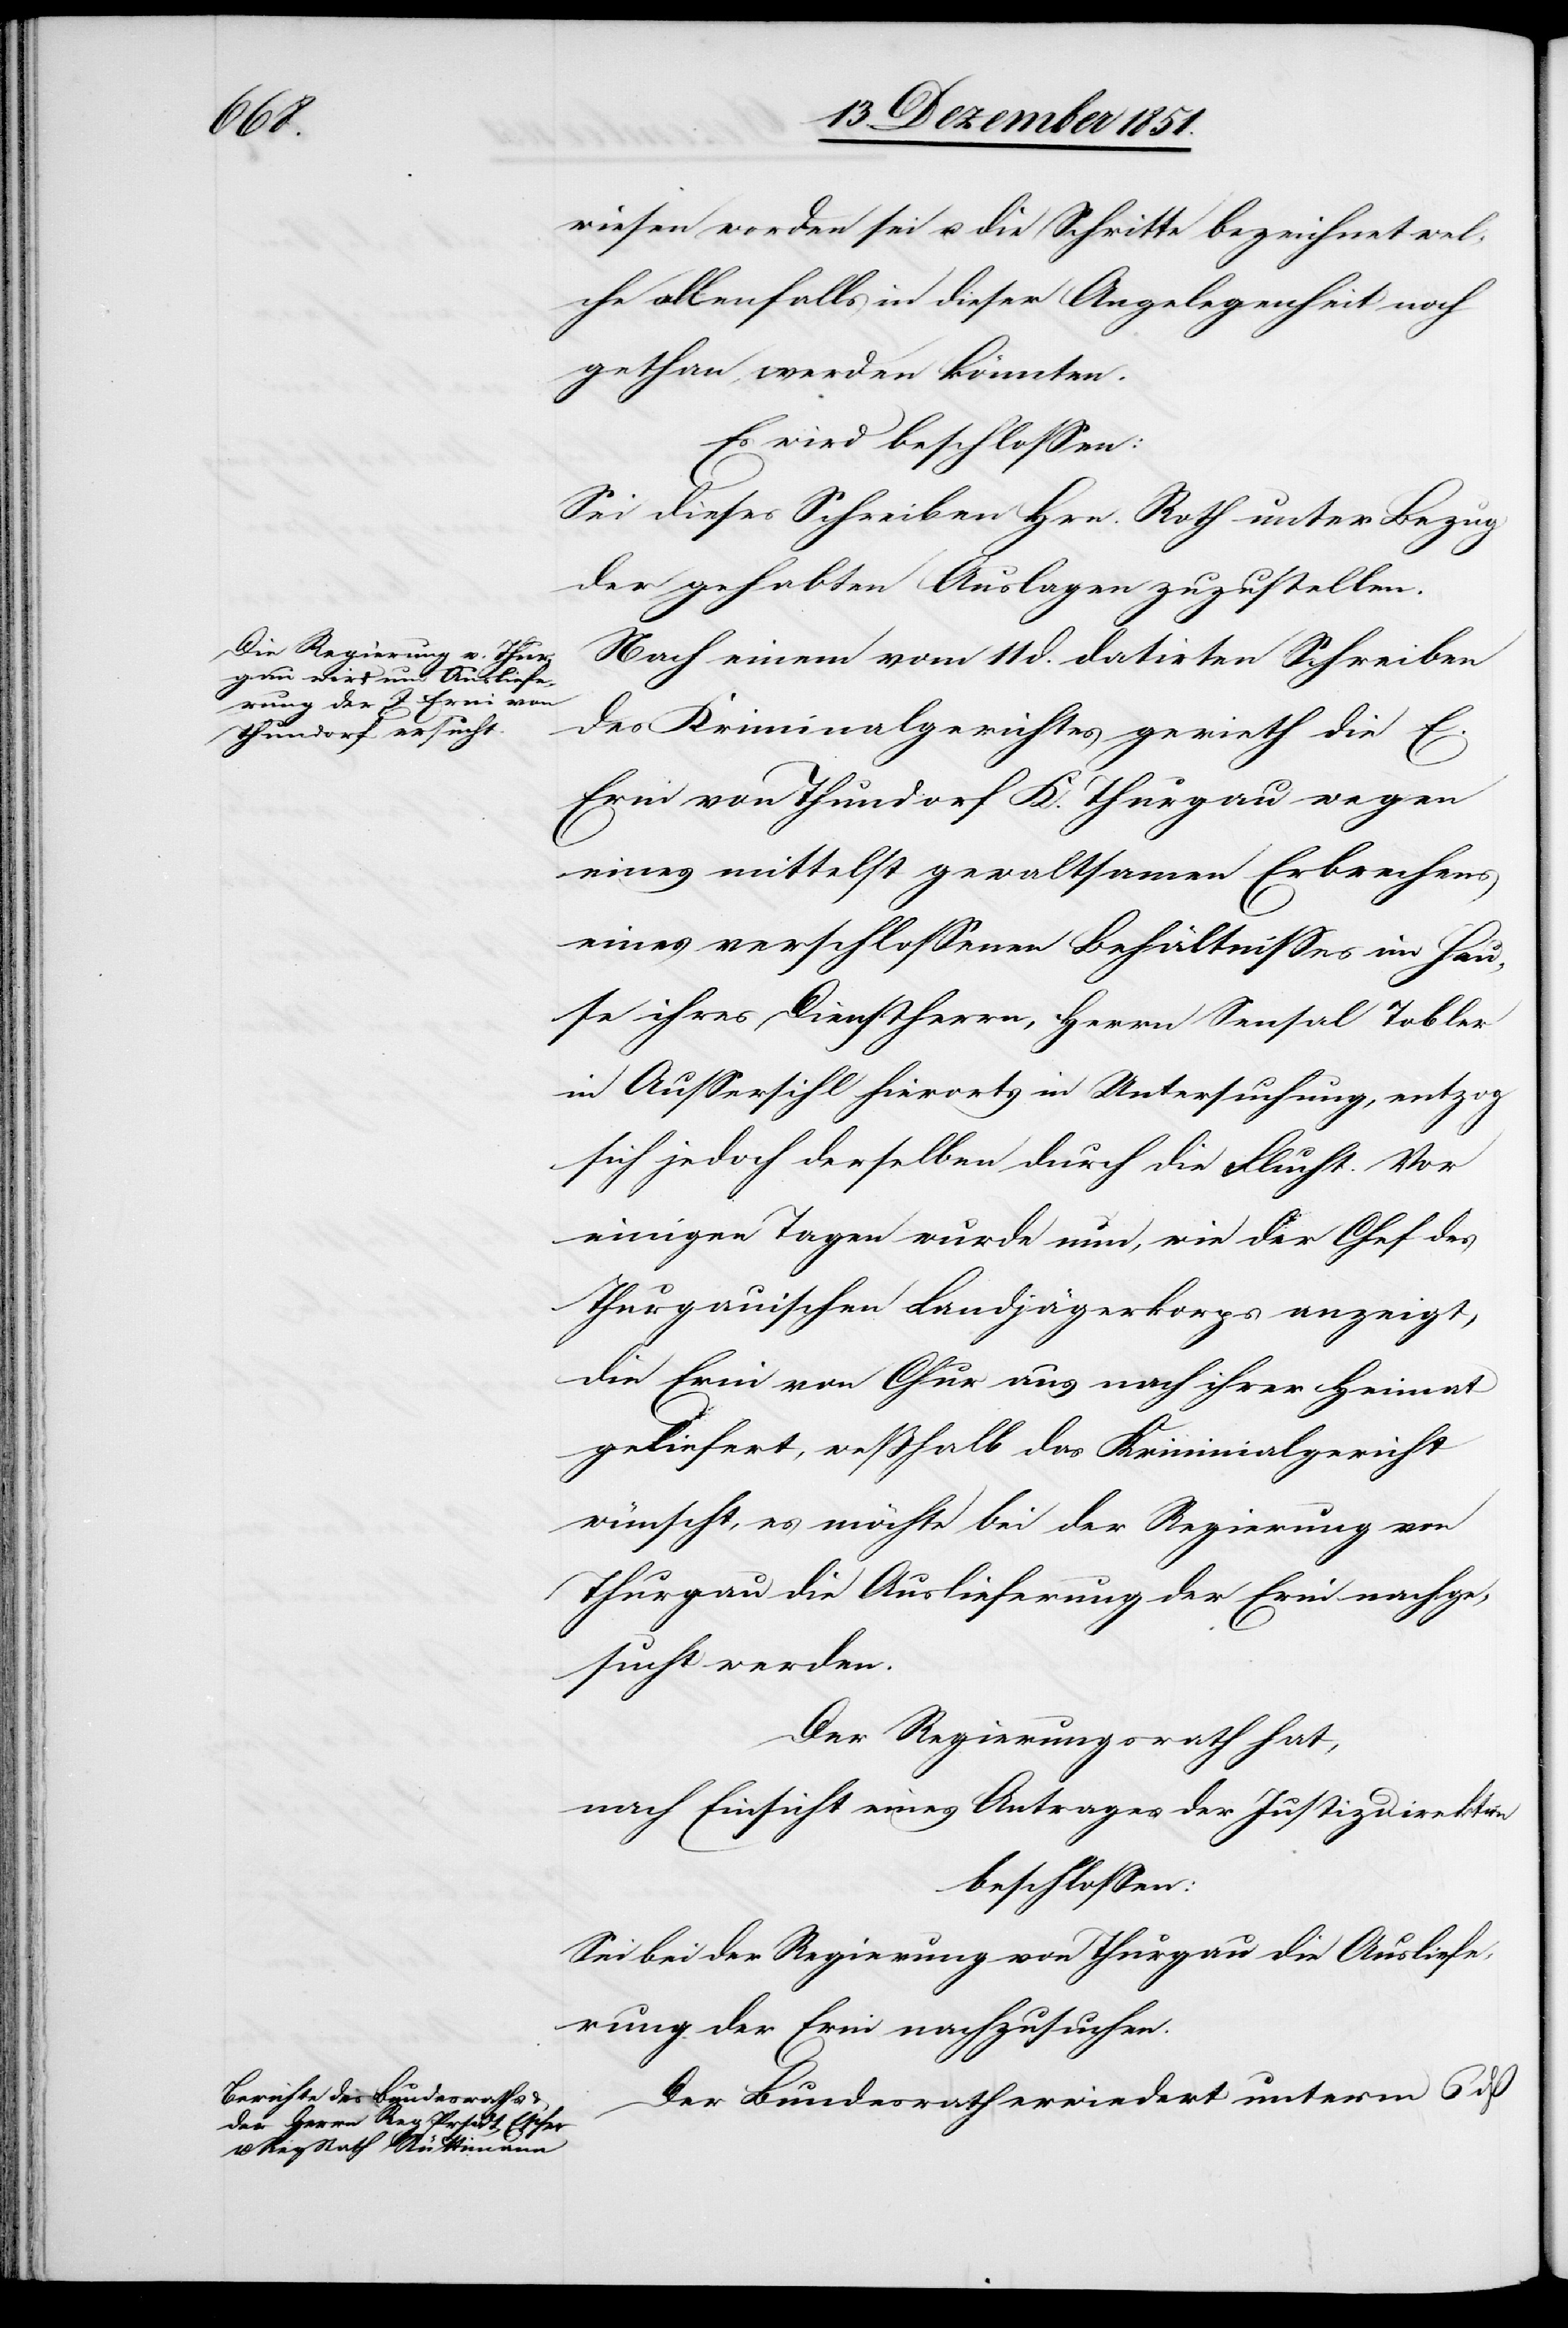
wiesen worden sei u. die Schritte bezeichnet wel¬
che allenfalls in dieser Angelegenheit noch
gethan werden könnten.
Es wird beschlossen:
Sei dieses Schreiben Hrn. Roth unter Bezug
der gehabten Auslagen zuzustellen.
Nach einem vom 11 d. datirten Schreiben
des Kriminalgerichtes gerieth die E.
Erni von Thundorf K. Thurgau wegen
eines mittelst gewaltsamen Erbrechens
eines verschlossenen Behältnisses im Hau¬
se ihres Dienstherrn, Herrn Sensal Tobler
in Aussersihl hierorts in Untersuchung, entzog
sich jedoch derselben durch die Flucht. Vor
einigen Tagen wurde nun, wie der Chef des
Thurgauischen Landjägerkorps anzeigt,
die Erni von Chur aus nach ihrer Heimat
geliefert, weßhalb das Kriminalgericht
wünscht, es möchte bei der Regierung von
Thurgau die Auslieferung der Erni nachge¬
sucht werden.
Der Regierungsrath hat,
nach Einsicht eines Antrages der Justizdirektion
beschlossen:
Sei bei der Regierung von Thurgau die Ausliefe¬
rung der Erni nachzusuchen.
Der Bundesrath erwiedert unterm 6 dß